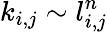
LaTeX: k_{i,j}\sim l_{i,j}^{n}